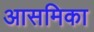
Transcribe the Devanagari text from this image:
आसमिका